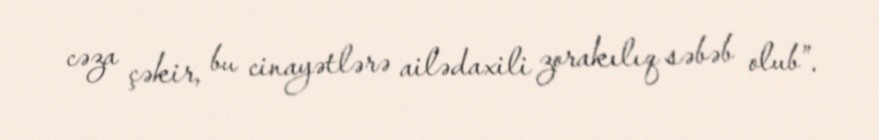
cəza çəkir, bu cinayətlərə ailədaxili zorakılıq səbəb olub”.